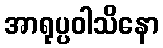
အာရုပ္ပဝါသိနော